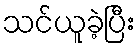
သင်ယူခဲ့ပြီး